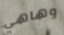
وهاهي